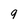
Character: 9